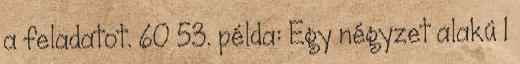
a feladatot. 60 53. példa: Egy négyzet alakú 1